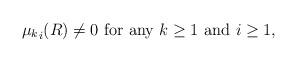
LaTeX: \begin{align*}{\mu_ k}_i(R)\not=0\ \hbox{for any $k\ge1$ and $i\ge1$},\end{align*}